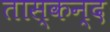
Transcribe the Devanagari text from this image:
तास्कन्द